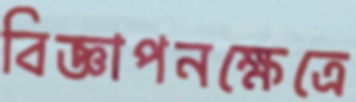
বিজ্ঞাপনক্ষেত্রে